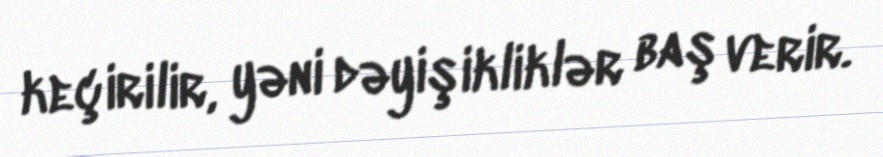
keçirilir, yəni dəyişikliklər baş verir.